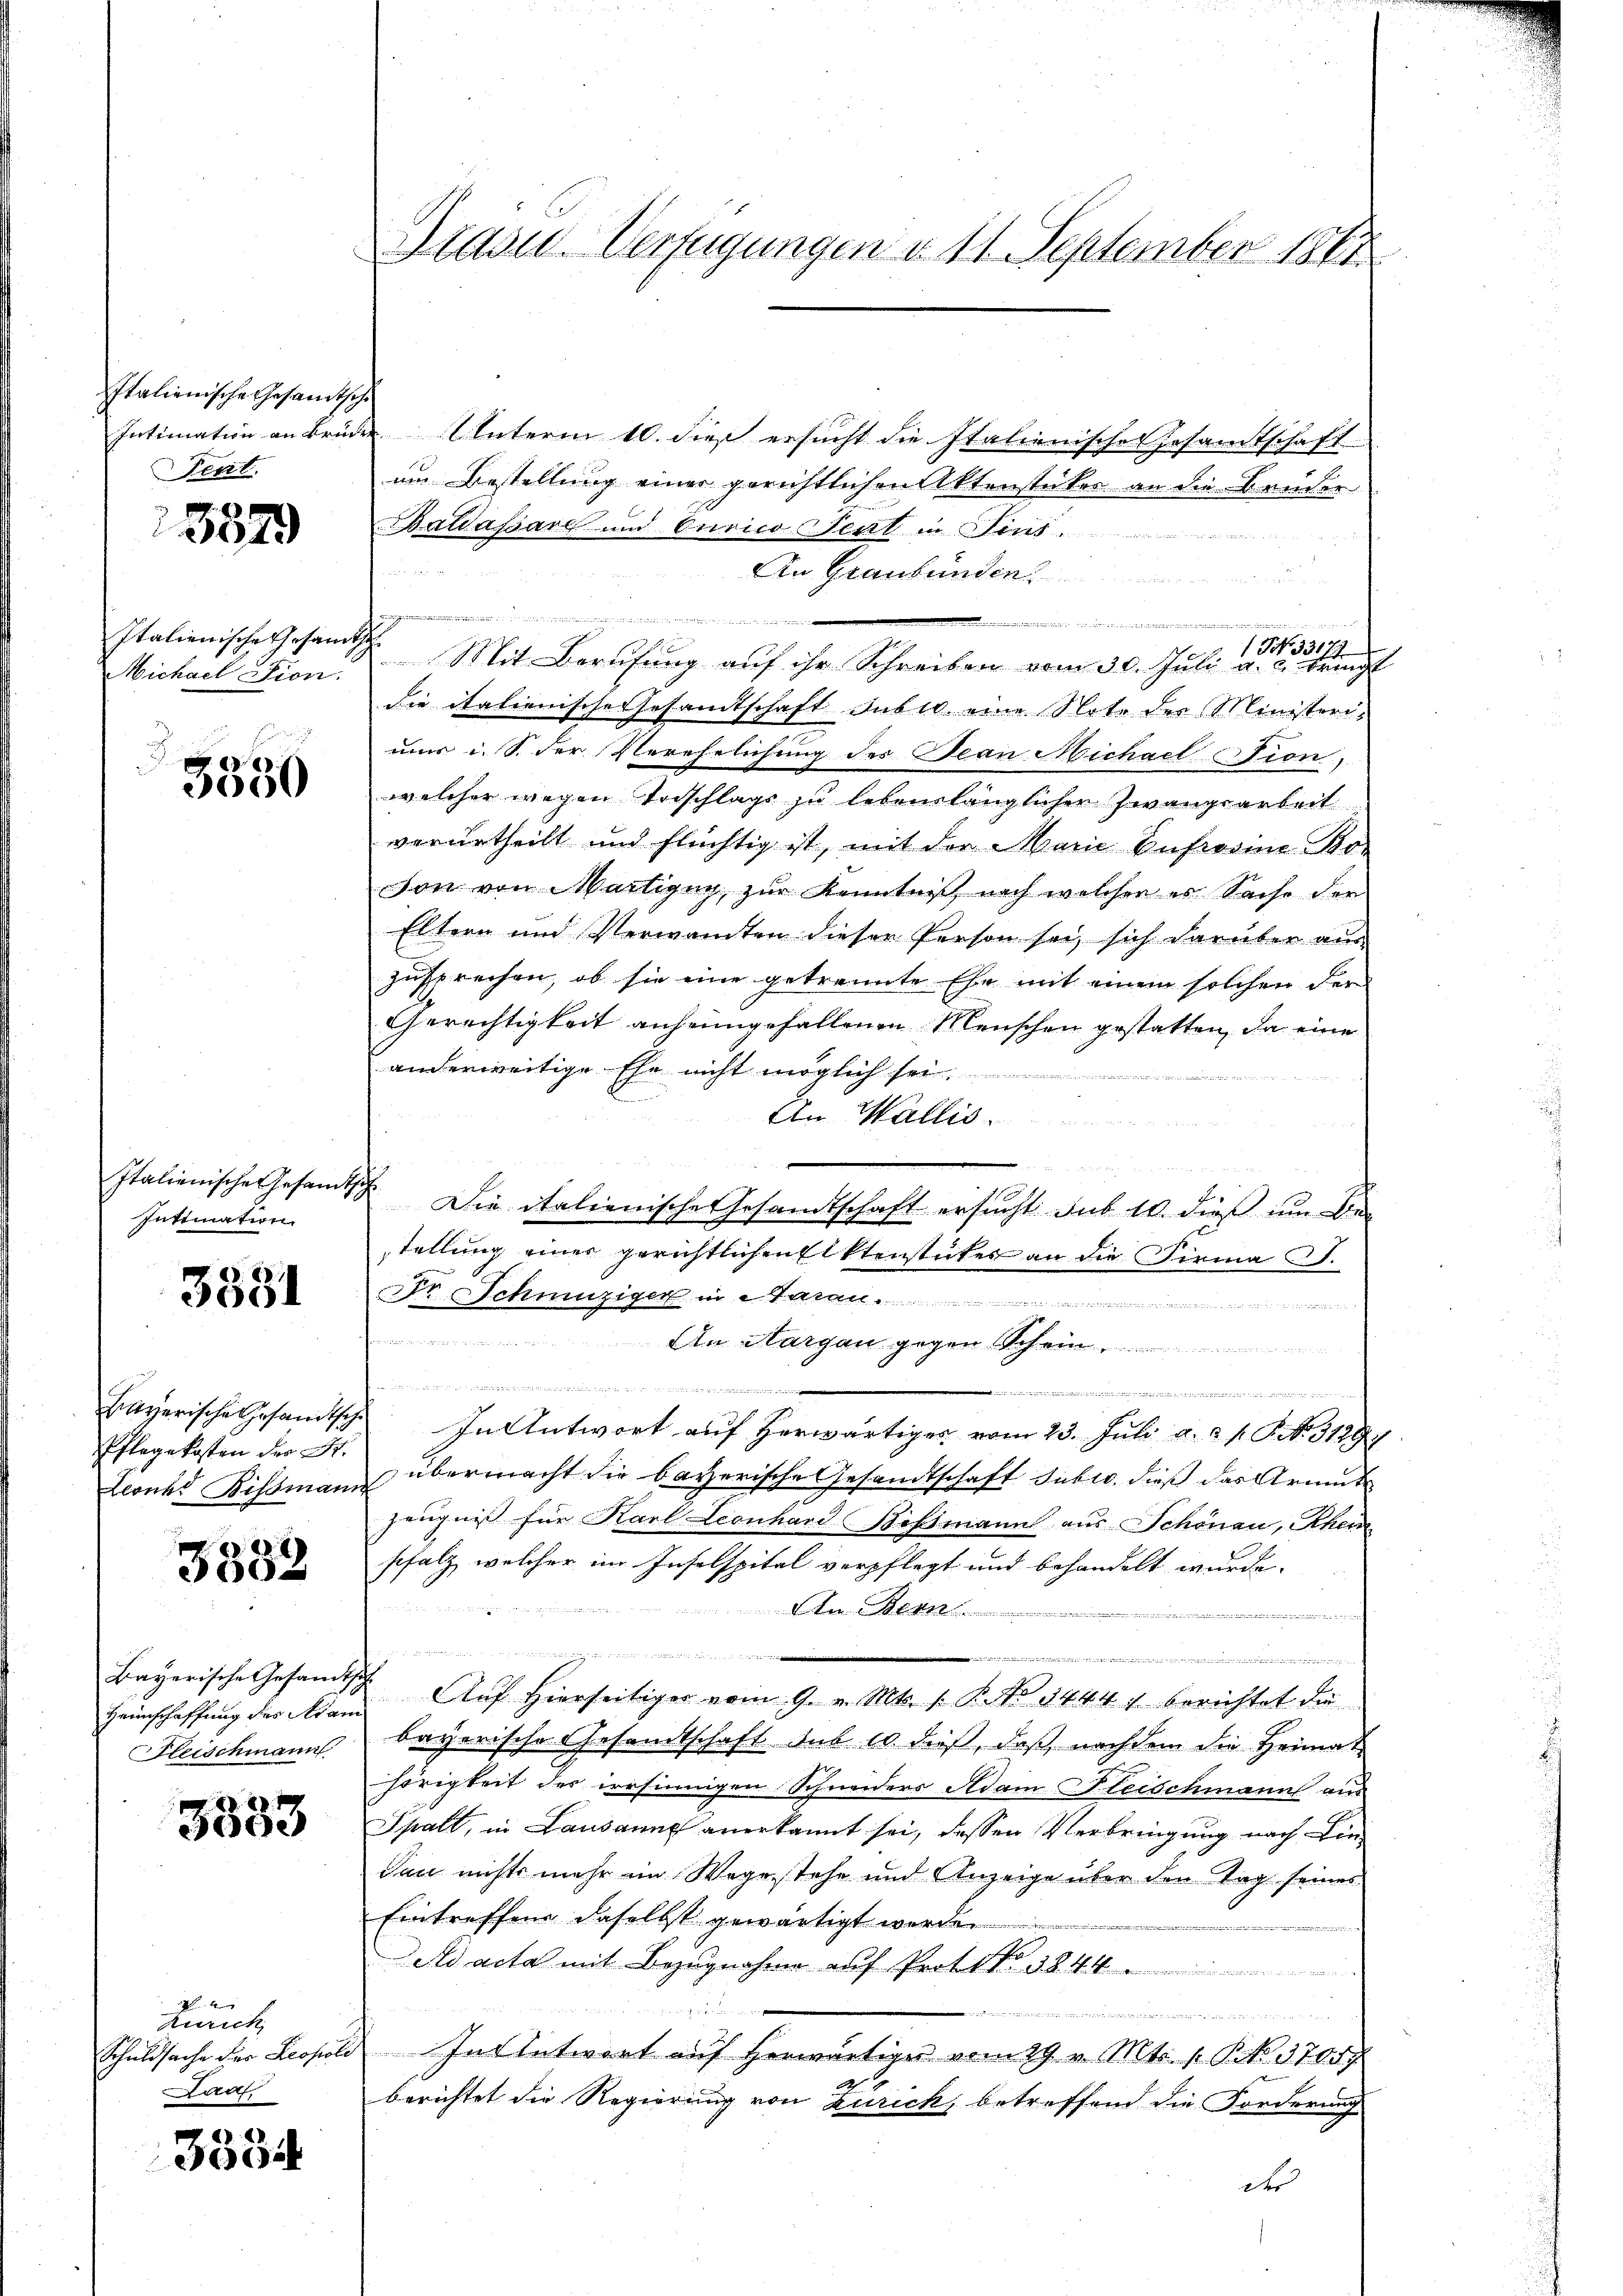
Italienische Gesandtsche
Intimation an Brüder
Fent.

3379

Italienische Gesandts
Michael Fion.

3550

Italienische Gesandt
Intimation

3381

Bayerische Gesandtsch
Pflegekosten der St.
Lesund Bissmann

3382

Bayerische Gesandts
Heimschaffung des Adam
Fleischmann

80. 19
3000

Rich
Schuldsache der Leopole
Ladl

3534

Prasse Verfügungen d. 11. September 1861

Unterm 10. dieß ersucht die Italienische Gesandtschaft
um Bestellung einer gerichtlichen Aktenstücker an die Bruder
Baldassare und Curico Teut in Fins

An Graubünden
   der gele

NNo 3317.
Mit Berufung auf ihr Schreiben vom 30. Juli a. c. bringt
die italienische Gesamtschaft dabei eine Note des Ministerimur u. s. der Verehelichung des Jean Michael Tion)
welcher wegen Vorschlags zu lebenslänglichen Zwangsarbeit
verurtheilt und flüchtig ist, mit der Marie Vufrosine Bo-
son von Martigny zur Kenntnis nach welchen er Sache der
Eltern und Verwandten diesen Person sei, sich darüber aus
zusprechen, ob sie eine getrannte Ehe mit einem solchen der
Gerechtigkeit anheimgefallenen Menschen gestatten, da eine
anderweitige Ehe nicht möglich sei
An Wallis
 Die italienische Gesamtschaft ersucht sub 10. dieß im Be-
stellung einer gerichtlichen Elktenstückes an die Firma C.
Dr. Schnüziger in darau ...................

An Margau gegen Sche

wasse an die
In Antwort auf herwärtiges vom 23. Juli a. . . . . 3129.
übermacht die bayerische Gesandtschaft subio, dieß das Armute
Zeugnis für Karl Leonhard Bissmann aus Schönau, Rhein
pfalz, welcher im Insolspital verpflegt und behandelt wurde.
An Bern

u
n
u
gen an
Auf Hierseitiger vom 9. v. Mts. s. B. 34447 berichtet die
bayerische Gesamtschaft sub 10 dieß, daß nachdem die Heimat
hörigkeit der irrsinnigen Schneiders Adam leischmann aus
Spalt, in Lausanne anerkannt sei, dessen Verbringung nach Liedan nichts mehr im Wegestehe und Anzeige über den Tag seines
Eintreffend daselbst gewärtigt werde.
ad acta mit Bezugnahme auf Prot. No. 584
h
gegang und d
In Antwort auf herwärtiges vom 19. v. Mts. 1. No. 37057
berichtet die Regierung von Zürich, betreffend die Forderung
dts